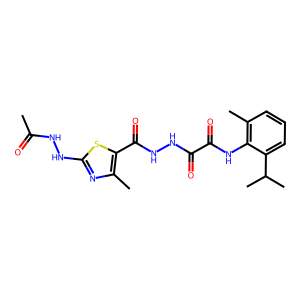
SMILES: CC(=O)NNc1nc(C)c(C(=O)NNC(=O)C(=O)Nc2c(C)cccc2C(C)C)s1
Inhibits HIV replication: No